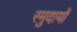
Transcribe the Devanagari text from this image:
स्मुदायों